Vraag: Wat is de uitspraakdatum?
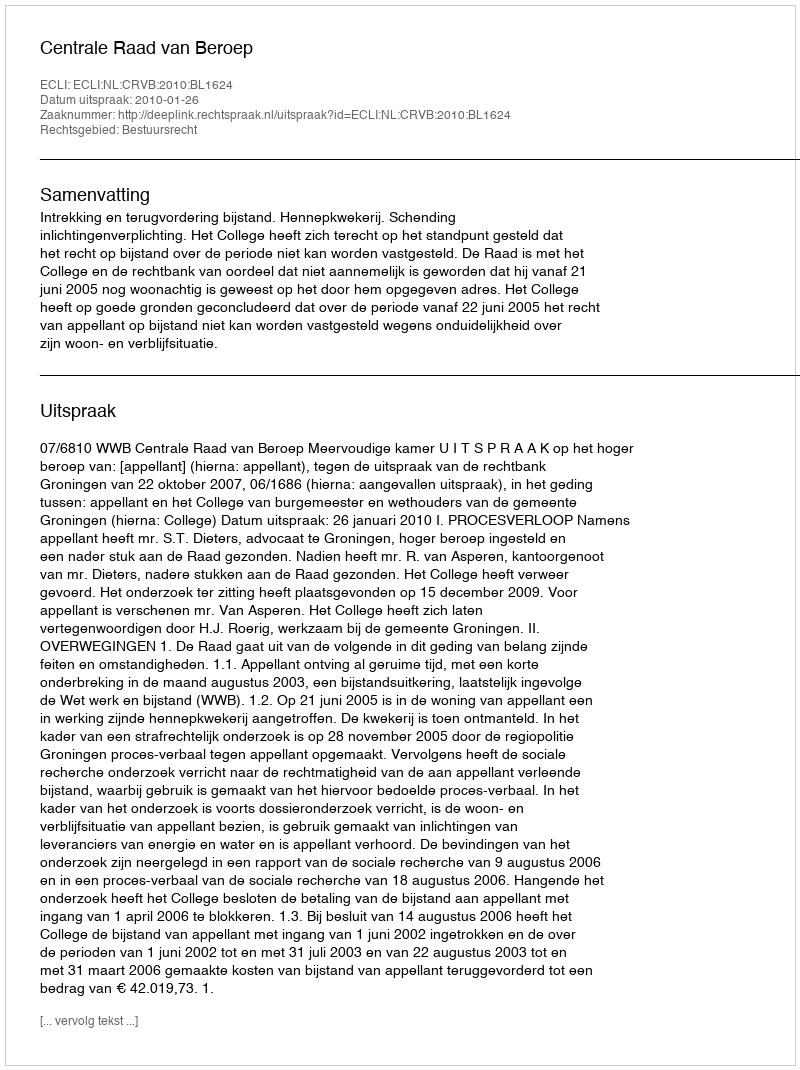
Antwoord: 2010-01-26